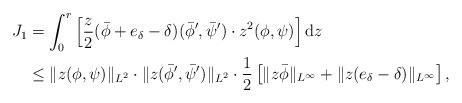
LaTeX: \begin{align*} J_1&=\int_0^r \left[\frac{z}{2}(\bar\phi+e_\delta-\delta)(\bar\phi',\bar\psi')\cdot z^{2}(\phi,\psi)\right]{\rm{d}}z\\ &\leq\Vert z(\phi,\psi)\Vert_{L^2}\cdot \Vert z(\bar\phi',\bar\psi')\Vert_{L^2} \cdot\frac{1}{2}\left[\Vert z\bar\phi\Vert_{L^\infty}+\Vert z(e_\delta-\delta)\Vert_{L^\infty}\right],\end{align*}